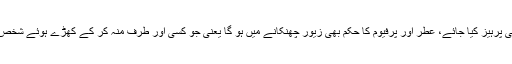
بازار میں اس سے بھی پرہیز کیا جائے، عطر اور پرفیوم کا حکم بھی زیور چھنکانے میں ہو گا یعنی جو کسی اور طرف منہ کر کے کھڑے ہوئے شخص کو متوجہ کر سکے۔